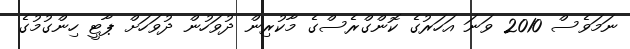
ނަމަވެސް 2010 ވަނަ އަހަރުގެ ކޮންގްރެސްގެ މާކުރިން ދުވަހުން ދުވަހަށް ޕާޓީ ހިންގުމުގެ